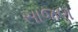
સાજણ